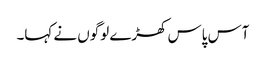
آس پاس کھڑے لوگوں نے کہا۔